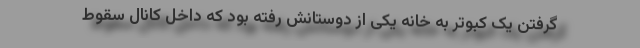
گرفتن یک کبوتر به خانه یکی از دوستانش رفته بود که داخل کانال سقوط